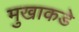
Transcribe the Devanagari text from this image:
मुखाकडे